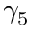
\gamma _ { 5 }